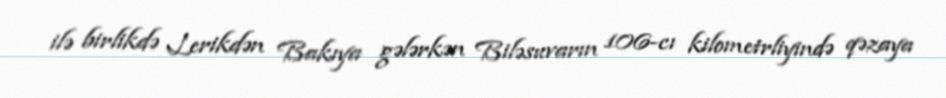
ilə birlikdə Lerikdən Bakıya gələrkən Biləsuvarın 106-cı kilometrliyində qəzaya